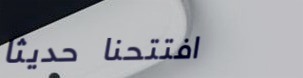
افتتحنا حديثاً